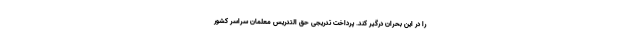
را در این بحران درگیر کند. پرداخت تدریجی حق التدریس معلمان سراسر کشور